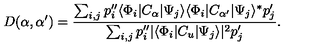
D ( \alpha , { \alpha ^ { \prime } } ) = { \frac { \sum _ { i , j } p _ { i } ^ { \prime \prime } \langle \Phi _ { i } | C _ { \alpha } | \Psi _ { j } \rangle \langle \Phi _ { i } | C _ { \alpha ^ { \prime } } | \Psi _ { j } \rangle ^ { * } p _ { j } ^ { \prime } } { \sum _ { i , j } p _ { i } ^ { \prime \prime } | \langle \Phi _ { i } | C _ { u } | \Psi _ { j } \rangle | ^ { 2 } p _ { j } ^ { \prime } } } .